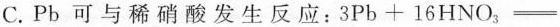
Pb可与稀硝酸发生反应：3 P b + 1 6 H N O _ { 3 } =